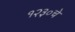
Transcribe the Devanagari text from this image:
१२३०चे